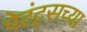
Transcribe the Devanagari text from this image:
पेटंट्सच्या